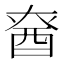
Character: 𮠡